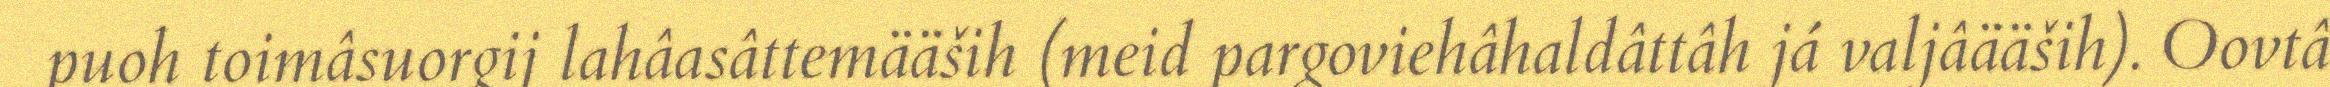
puoh toimâsuorgij lahâasâttemääših (meid pargoviehâhaldâttâh já valjâääših). Oovtâ